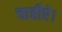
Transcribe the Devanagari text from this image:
चाहीऐ।